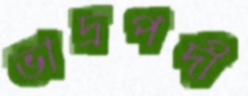
ভাদ্রপদী